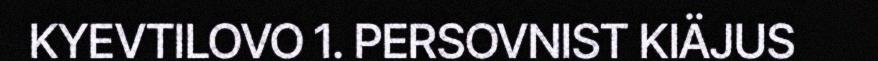
KYEVTILOVO 1. PERSOVNIST KIÄJUS